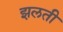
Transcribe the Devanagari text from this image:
झलती